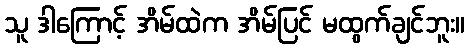
သူ ဒါကြောင့် အိမ်ထဲက အိမ်ပြင် မထွက်ချင်ဘူး။